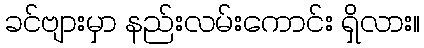
ခင်ဗျားမှာ နည်းလမ်းကောင်း ရှိလား။